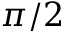
\pi / 2